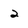
Character: 2